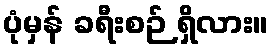
ပုံမှန် ခရီးစဉ် ရှိလား။